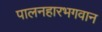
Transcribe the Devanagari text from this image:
पालनहारभगवान